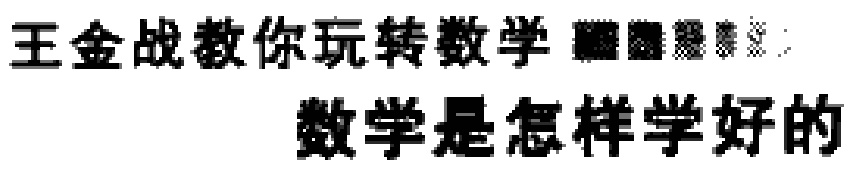
王金战教你玩转数学  数学是怎样学好的